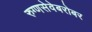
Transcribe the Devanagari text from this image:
रुग्णसेवेबरोबर